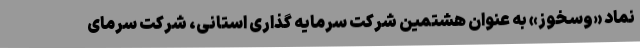
نماد «وسخوز» به عنوان هشتمین شرکت سرمایه گذاری استانی، شرکت سرمای